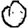
Digit: 0